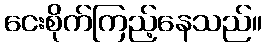
ငေးစိုက်ကြည့်နေသည်။